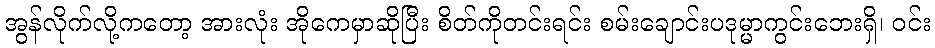
အွန်လိုက်လို့ကတော့ အားလုံး အိုကေမှာဆိုပြီး စိတ်ကိုတင်းရင်း စမ်းချောင်းပဒုမ္မာကွင်းဘေးရှိ၊ ဝင်း